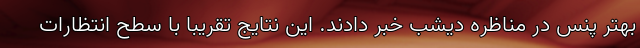
بهتر پنس در مناظره دیشب خبر دادند. این نتایج تقریبا با سطح انتظارات